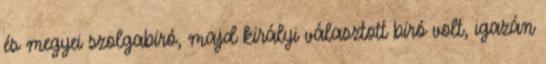
és megyei szolgabíró, majd királyi választott bíró volt, igazán